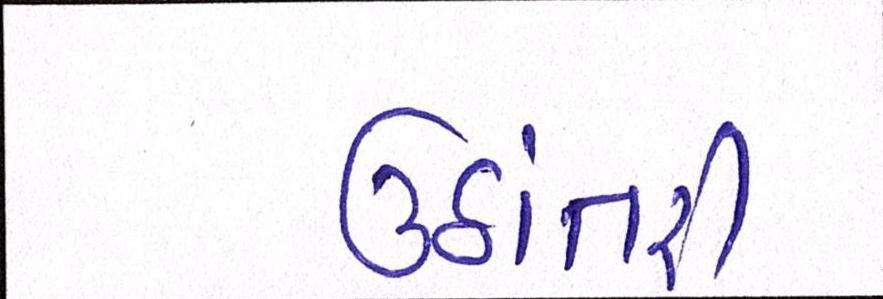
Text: ઉઠાંતરી